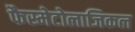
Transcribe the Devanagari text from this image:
फैस्मेटोलाजिकल